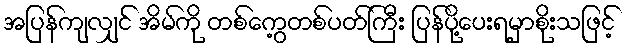
အပြန်ကျလျှင် အိမ်ကို တစ်ကွေ့တစ်ပတ်ကြီး ပြန်ပို့ပေးရမှာစိုးသဖြင့်